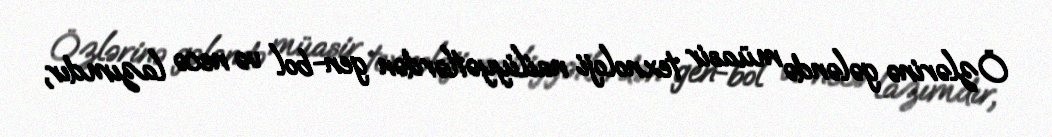
Özlərinə gələndə müasir texnoloji nailiyyətlərdən gen-bol və necə lazımdır,